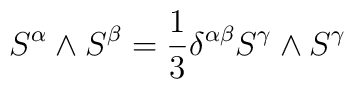
S^{\alpha } \wedge S^{\beta } = \frac 1 3 \delta^{\alpha \beta }  S^{\gamma } \wedge S^{\gamma }   \label G